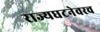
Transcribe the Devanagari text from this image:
राज्यघटनेवरच